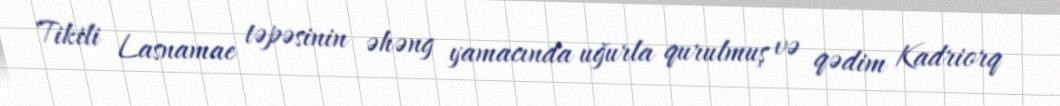
Tikili Lasnamae təpəsinin əhəng yamacında uğurla qurulmuş və qədim Kadriorq